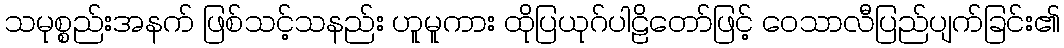
သမုစ္စည်းအနက် ဖြစ်သင့်သနည်း ဟူမူကား ထိုပြယုဂ်ပါဠိတော်ဖြင့် ဝေသာလီပြည်ပျက်ခြင်း၏